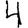
Digit: 4